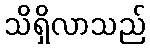
သိရှိလာသည်